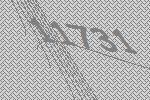
11731